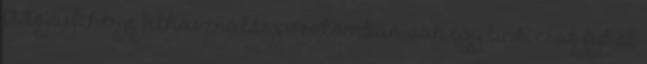
A tojásfehérje felhasználós posztomban van egy link, csak fejből